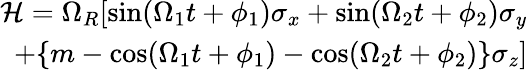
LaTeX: \begin{array}{r}{\mathcal{H}=\Omega_{R}[\mathrm{sin}(\Omega_{1}t+\phi_{1})\sigma_{x}+\mathrm{sin}(\Omega_{2}t+\phi_{2})\sigma_{y}}\\ {+\{ m-\mathrm{cos}(\Omega_{1}t+\phi_{1})-\mathrm{cos}(\Omega_{2}t+\phi_{2})\} \sigma_{z}]}\end{array}